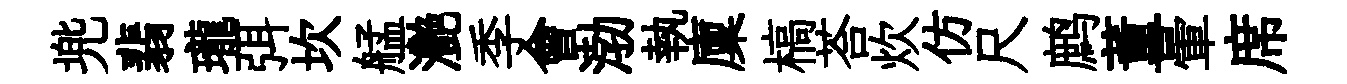
兠翡瓏弭坎艋灧季會渤執廩槁荅炊仿尺鹧董暈席